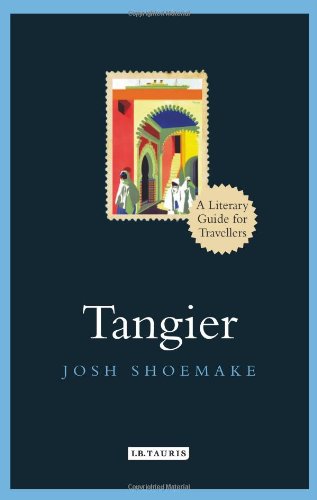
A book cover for Tangier: A Literary Guide for Travellers (Literary Guides for Travellers); Josh Shoemake; Travel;